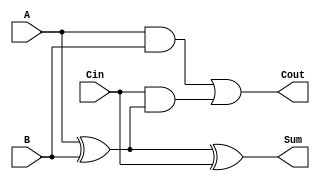
module full_adder (
    input wire A,    // First input bit
    input wire B,    // Second input bit
    input wire Cin,  // Carry-in bit
    output wire Sum, // Sum output
    output wire Cout // Carry-out output
);

// Intermediate signals for the XOR operations
wire AxorB;

// Compute the Sum using XOR gates
assign AxorB = A ^ B;        // A XOR B
assign Sum = AxorB ^ Cin;    // (A XOR B) XOR Cin

// Compute the Cout using AND and OR gates
assign Cout = (A & B) | (Cin & AxorB); // (A AND B) OR (Cin AND (A XOR B))

endmodule